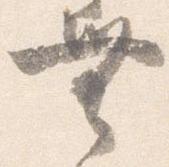
無